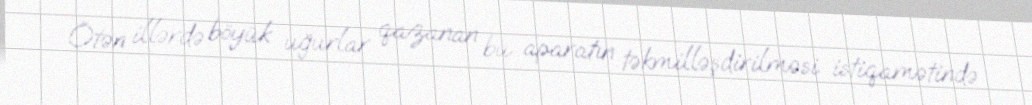
Ötən illərdə böyük uğurlar qazanan bu aparatın təkmilləşdirilməsi istiqamətində